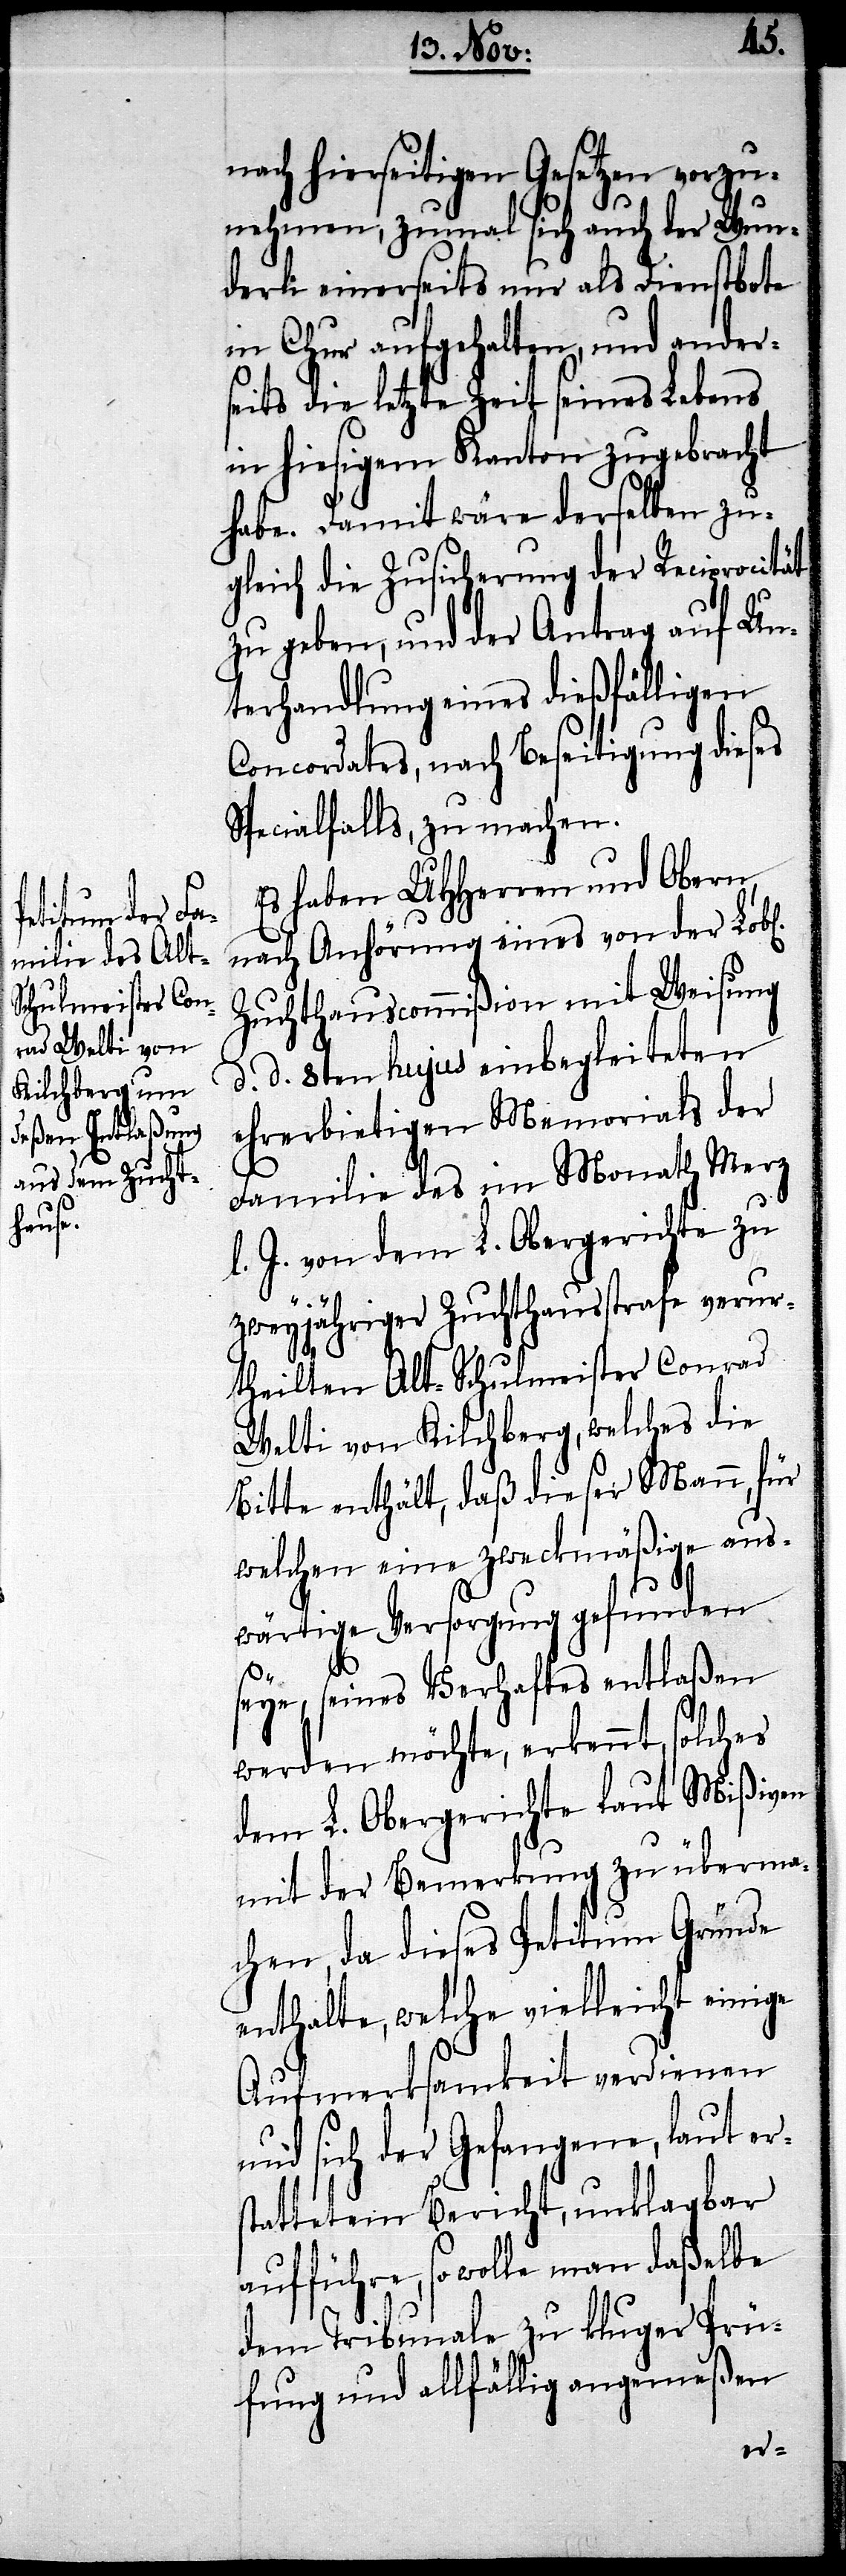
nach hierseitigen Gesetzen vorzu¬
nehmen, zumal sich auch der Wun¬
derli einerseits nur als Dienstbote
in Chur aufgehalten, und ander¬
seits die letzte Zeit seines Lebens
in hiesigem Kanton zugebracht
habe. Damit wäre derselben zu¬
gleich die Zusicherung der Reciprocität
zu geben, und der Antrag auf Un¬
terhandlung eines dießfälligen
Concordates, nach Beseitigung dieses
Specialfalls, zu machen.
Es haben UHHerren und Obern,
nach Anhörung eines von der Lob¬
Zuchthauscommißion mit Weisung
d. d. 8ten hujus einbegleiteten
eherbietigen Memorials der
Familie des im Monath Merz
J. von dem L. Obergerichte zu
zweyjähriger Zuchthausstrafe verur¬
theilten Alt-Schulmeister Conrad
Welti von Kilchberg, welches die
Bitte enthält, daß dieser Mann, für
welchen eine zweckmäßige aus¬
wärtige Versorgung gefunden
l.
sey, seines Verhaftes entlaßen
werden möchte, erkennt, solches
dem L. Obergerichte laut Mißiven
mit der Bemerkung zu überma¬
chen, da dieses Petitum Gründe
enthalte, welche vielleicht einige
Aufmerksamkeit verdienen
und sich der Gefangene, laut ers¬
tattetem Bericht, unklagbar
aufführe, so wolle man daßelbe
dem Tribunale zu kluger Prü¬
fung und allfällig angemeßen
l[ichen]